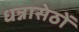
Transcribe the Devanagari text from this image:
धन्नासेठों